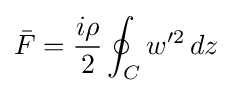
{\bar {F}}={\frac {i\rho }{2}}\oint _{C}w'^{2}\,dz